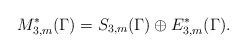
LaTeX: \begin{align*} M^*_{3,m}(\Gamma)=S_{3,m}(\Gamma)\oplus E^*_{3,m}(\Gamma).\end{align*}